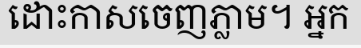
ដោះកាសចេញភ្លាម។ អ្នក